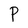
Character: P